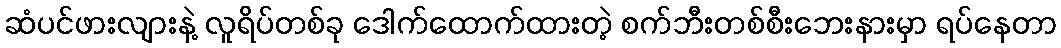
ဆံပင်ဖားလျားနဲ့ လူရိပ်တစ်ခု ဒေါက်ထောက်ထားတဲ့ စက်ဘီးတစ်စီးဘေးနားမှာ ရပ်နေတာ